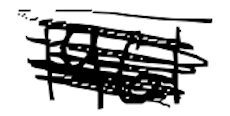
Text: 1961
Cross-out: scratch
Writing tool: digital_black